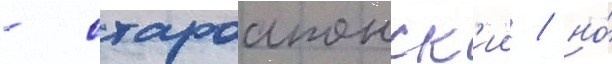
- староапонск'ии / но́